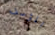
المؤسف